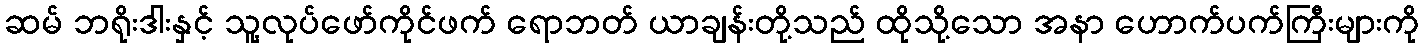
ဆမ် ဘရိုးဒါးနှင့် သူ့လုပ်ဖော်ကိုင်ဖက် ရောဘတ် ယာချန်းတို့သည် ထိုသို့သော အနာ ဟောက်ပက်ကြီးများကို